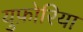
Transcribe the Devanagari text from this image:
युफ़ोरिया